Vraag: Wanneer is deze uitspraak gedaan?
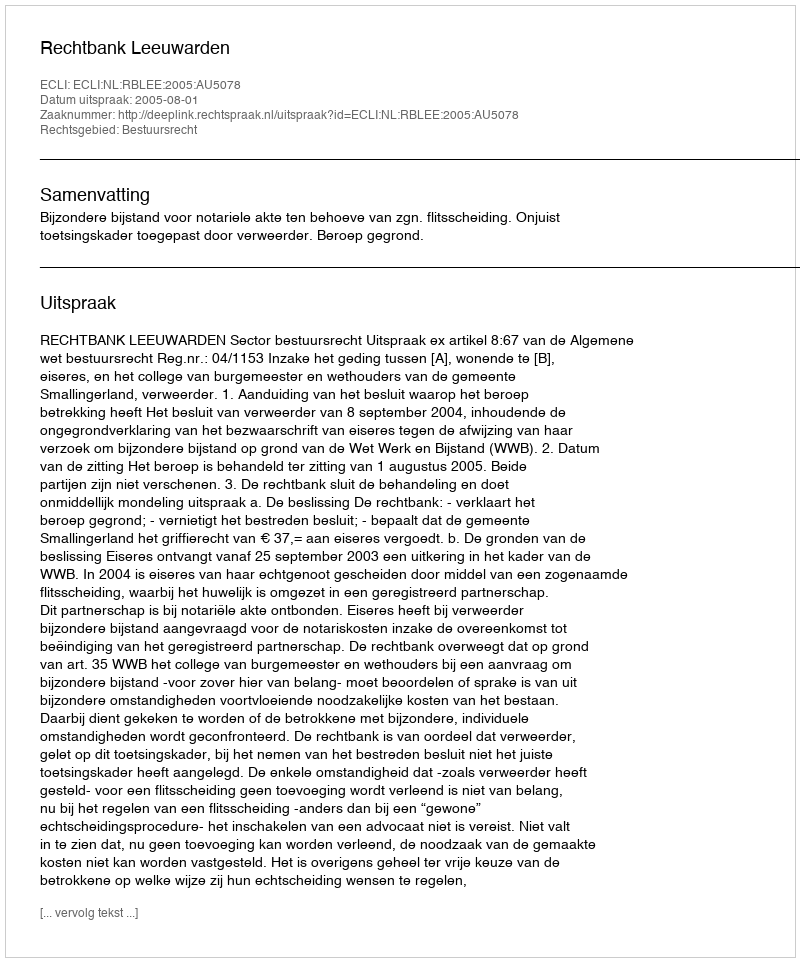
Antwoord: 2005-08-01